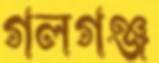
গলগঞ্জ